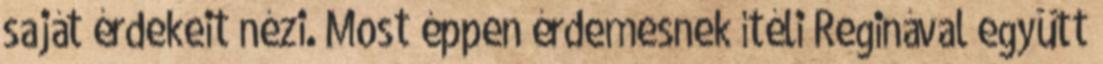
saját érdekeit nézi. Most éppen érdemesnek ítéli Reginával együtt